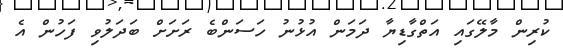
ކުރިން މާލޭގައި އަތްގާޑިޔާ ދަމަން އުޅުނު ހަސަންބެ ރަށަށް ބަދަލުވި ފަހުން އެ